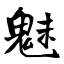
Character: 魅